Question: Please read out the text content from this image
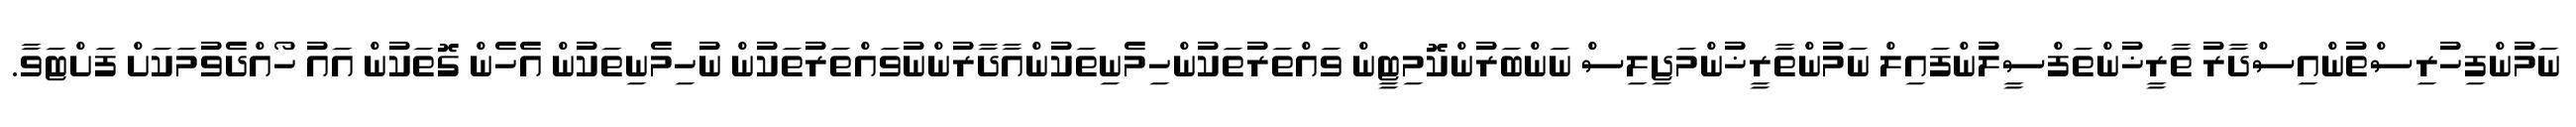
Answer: ނަމުންފިހުރިސްތުންއިސްދާރު ތާރީޚުންތަފްސީލުންފައިލް ނަމުންތާރީޚުންމަޖިލިސް ނަންބަރުންކޮމިޓީން ވައްތަރުތަކުންހިމެނިތަކުންއާދާރުންނުވައްތަރުތަކުން ނުހިމެނިތަކުން އެހެން ގޮތަކުން އައު ހޯއްދެވުމަކަށް ފަށްޓަވާ.